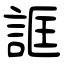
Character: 誆